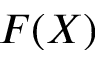
F ( X )